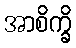
အာစိက္ခိ